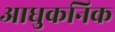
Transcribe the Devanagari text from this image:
आधुकनिक